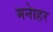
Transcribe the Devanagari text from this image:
मनाेहर